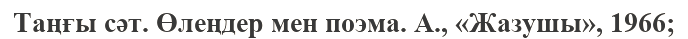
Таңғы сәт. Өлеңдер мен поэма. А., «Жазушы», 1966;